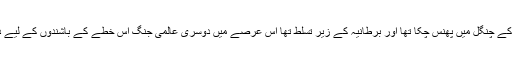
جب برصغیر نو آبادیاتی نظام کے چنگل میں پھنس چکا تھا اور برطانیہ کے زیر تسلط تھا اس عرصے میں دوسری عالمی جنگ اس خطے کے باشندوں کے لیے دوہرے عذاب کا باعث بن گئی۔